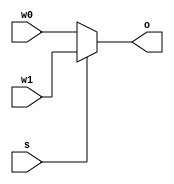
`timescale 1ns / 1ps

module MUX#(parameter WIDTH = 4)(
    input  s,
    input [WIDTH-1:0] w0,w1,
    output reg [WIDTH-1:0] o
    );
    always @(*) begin
        if(s) o=w1;
        else o=w0;
    end
endmodule